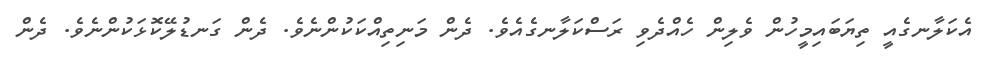
އެކަލާނގެއީ ތިޔަބައިމީހުން ވެލިން ހެއްދެވި ރަސްކަލާނގެއެވެ. ދެން މަނިތިއްކަކުންނެވެ. ދެން ގަނޑުލޭކޮޅަކުންނެވެ. ދެން